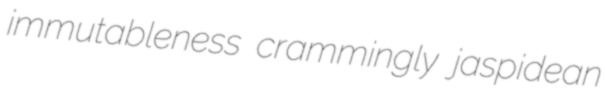
immutableness crammingly jaspidean